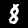
Digit: 8